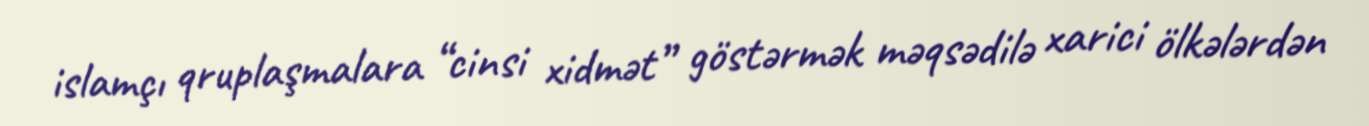
islamçı qruplaşmalara “cinsi xidmət” göstərmək məqsədilə xarici ölkələrdən